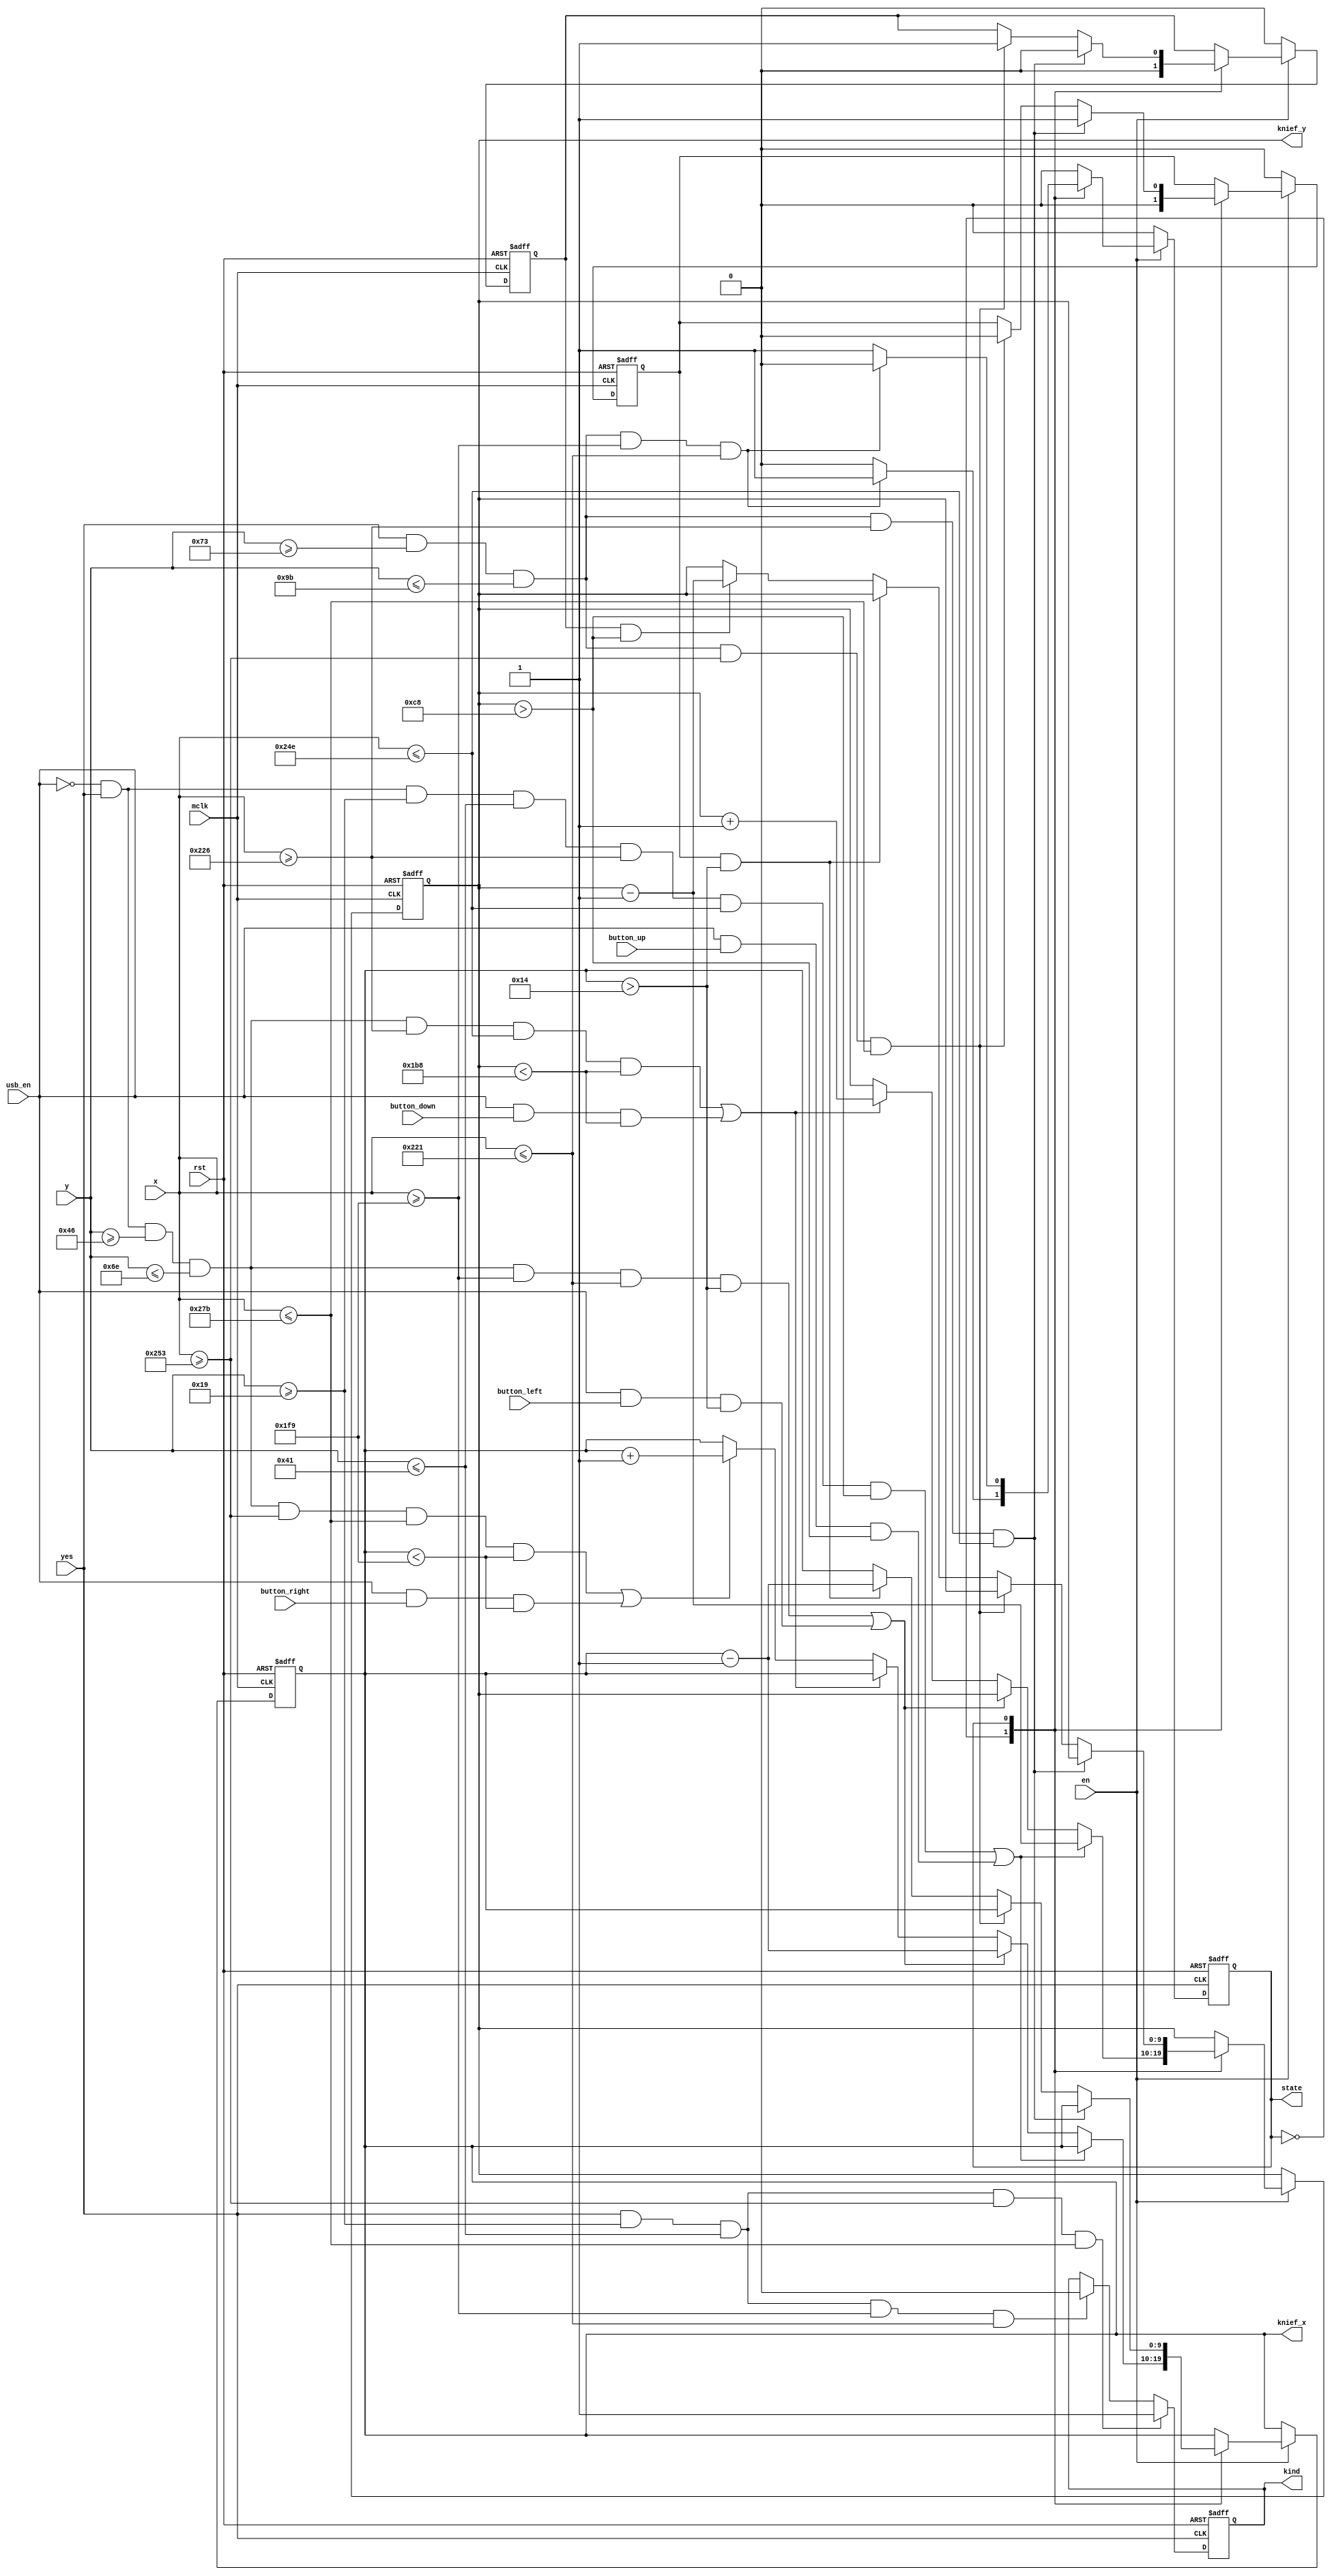
module knief(
    input mclk,
    input rst,
    input en,
    input usb_en,
    input yes,
    input [9:0] x,//mouse
    input [9:0] y,//mouse
    input button_up,
    input button_down,
    input button_left,
    input button_right,
        
    output reg [9:0] knief_x,
    output reg [9:0] knief_y,
    output reg kind,
    output reg state
);
    parameter base=5'd20;
    parameter auto=1;
    parameter manip=0;
    reg auto_left;
    reg auto_up;

    always@(posedge yes or posedge rst)
    begin
    if(rst)
    begin
    state<=manip;
    end
    else
    begin
        if(!en)
        begin
        state<=manip;
        end
        else
        begin
            case(state)
            manip:
            begin
            if(yes&&y>=115&&y<=155&&x>=505&&x<=545)
            begin
            state<=auto;
            end
            end
            auto:
            begin
            if(yes&&y>=115&&y<=155&&x>=505&&x<=545)
            begin
            state<=manip;
            end         
            end
            endcase
        end
    end
    end
    
    always@(posedge mclk or posedge rst)
    begin
    if(rst)
    begin
    knief_x<=505;
    knief_y<=400;   
    auto_left<=0;
    auto_up<=0;
    end
    else
    begin
        if(!en)
        begin
        auto_left<=0;
        auto_up<=0;
        end
        else
        begin
        case(state)
        manip:
        begin
            auto_left<=0;
            auto_up<=0;
            if((~usb_en&&yes&&y>=25&&y<=65&&x>=550&&x<=590&&knief_y>200)||(usb_en&&button_up&&knief_y>200))
            begin
            knief_y<=knief_y-1;
            end
            else if((~usb_en&&yes&&y>=70&&y<=110&&x>=505&&x<=545&&knief_x>base)||(usb_en&&button_left&&knief_x>base))
            begin
            knief_x<=knief_x-1;
            end
            else if((~usb_en&&yes&&y>=70&&y<=110&&x>=550&&x<=590&&knief_y<440)||(usb_en&&button_down&&knief_y<440))
            begin
            knief_y<=knief_y+1;
            end
            else if((~usb_en&&yes&&y>=70&&y<=110&&x>=595&&x<=635&&knief_x<505)||(usb_en&&button_right&&knief_x<505))
            begin
            knief_x<=knief_x+1;
            end
        end
        auto:
        begin
            if(yes&&y>=115&&y<=155&&x>=550&&x<=590)
            begin
            auto_up<=0;
            auto_left<=1;
            end
            else if(yes&&y>=115&&y<=155&&x>=595&&x<=635)
            begin
            auto_left<=0;
            auto_up<=1;
            end
            else if(auto_left&&knief_x>base)
            begin
            knief_x<=knief_x-1;
            end
            else if(auto_up&&knief_y>200)
            begin
            knief_y<=knief_y-1;
            end 
        end
        endcase
        end
    end
    end
    
    always@(posedge yes or posedge rst)
    if(rst)
    begin
    kind<=0;
    end
    else
    begin
    if(yes&&y>=25&&y<=65&&x>=505&&x<=545)
    kind<=0;
    if(yes&&y>=25&&y<=65&&x>=595&&x<=635)
    kind<=1;
    end
endmodule